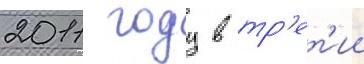
2011 году в тр'ет'ии